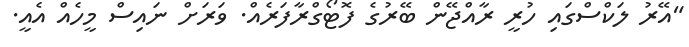
"އޭރު ލަކްސްގައި ހުރީ ރާއްޖޭން ބޭރުގެ ފޮޓޯގްރާފަރެއް. ވަރަށް ނައިސް މީހެއް އެއީ.